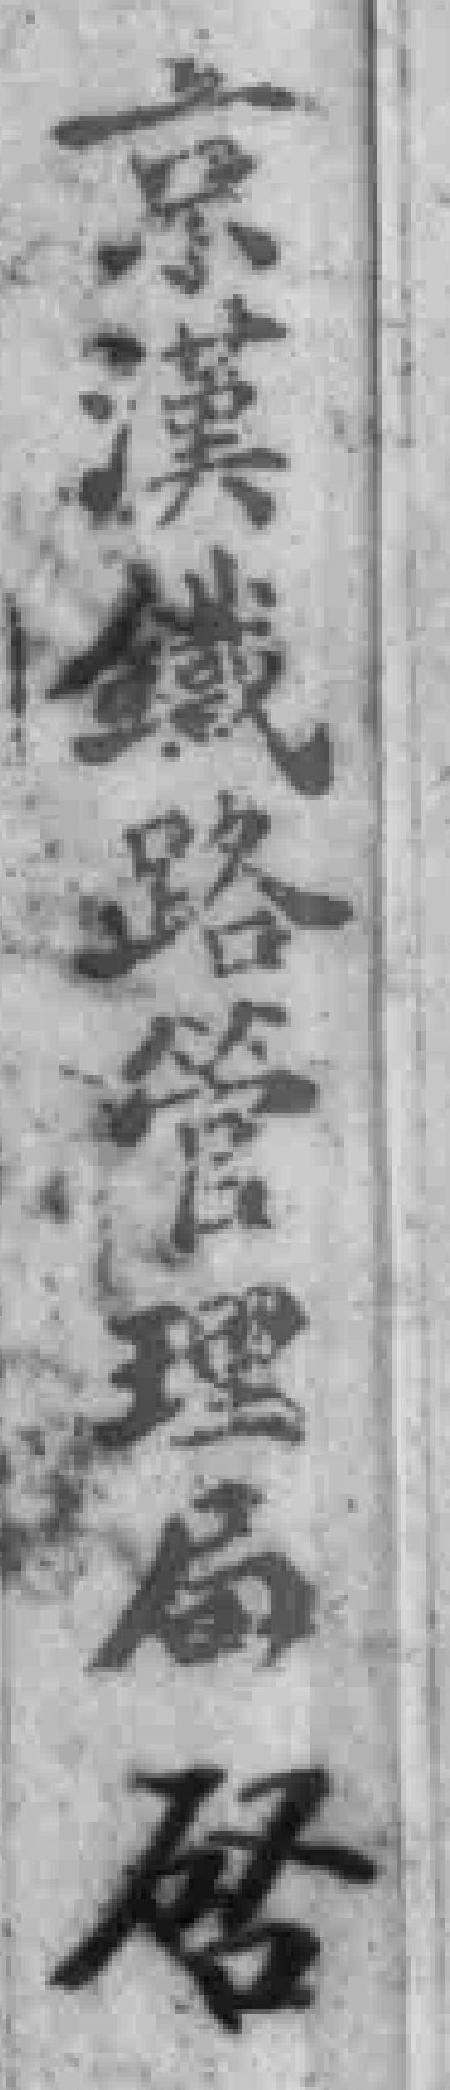
京漢鐵路管理局啓